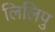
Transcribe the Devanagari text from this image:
लिलिपु